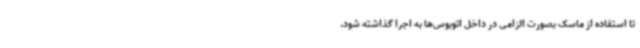
تا استفاده از ماسک بصورت الزامی در داخل اتوبوس‌ها به اجرا گذاشته شود.